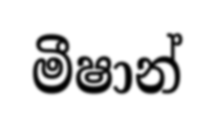
මීෂාන්